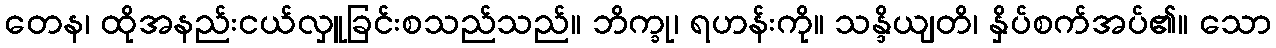
တေန၊ ထိုအနည်းငယ်လှူခြင်းစသည်သည်။ ဘိက္ခု၊ ရဟန်းကို။ သန္ဒိယျတိ၊ နှိပ်စက်အပ်၏။ သော